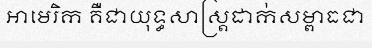
អាមេរិក គឺជាយុទ្ធសាស្ត្រដាក់សម្ពាធជា